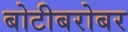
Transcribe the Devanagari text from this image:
बोटीबरोबर